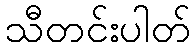
သီတင်းပါတ်